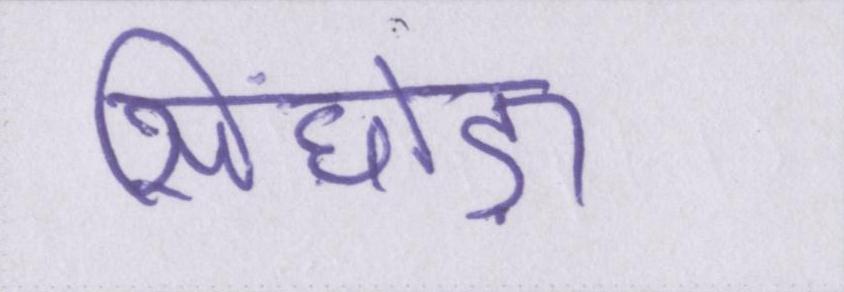
सिंघोड़ा